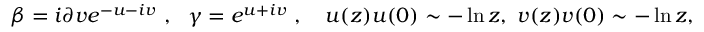
\beta = i \partial v e ^ { - u - i v } ~ , ~ ~ \gamma = e ^ { u + i v } ~ , ~ ~ ~ u ( z ) u ( 0 ) \sim - \ln z , ~ v ( z ) v ( 0 ) \sim - \ln z ,